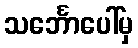
သင်္ဘောပေါ်မှ